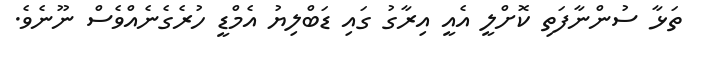
ތަޅާ ސުންނާފަތި ކޮށްލީ އެއީ އިރާގު ގައި ޑަބްލިޔު އެމްޑީ ހުރެގެނެއްވެސް ނޫނެވެ.